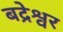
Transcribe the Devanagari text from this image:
बद्रेश्वर